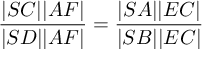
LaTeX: { \frac { | S C | | A F | } { | S D | | A F | } } = { \frac { | S A | | E C | } { | S B | | E C | } }